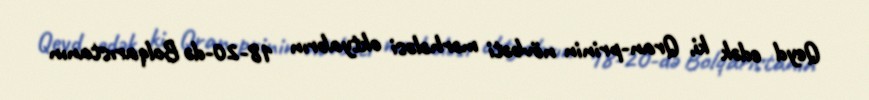
Qeyd edək ki, Qran-prinin növbəti mərhələsi oktyabrın 18-20-də Bolqarıstanın